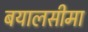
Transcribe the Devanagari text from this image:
बयालसीमा